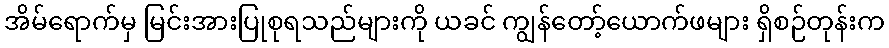
အိမ်ရောက်မှ မြင်းအားပြုစုရသည်များကို ယခင် ကျွန်တော့်ယောက်ဖများ ရှိစဉ်တုန်းက